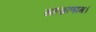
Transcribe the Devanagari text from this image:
सहस्राणाम।